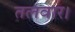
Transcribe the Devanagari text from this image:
तलवार।